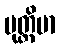
ပုတ္တိမာ